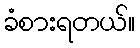
ခံစားရတယ်။